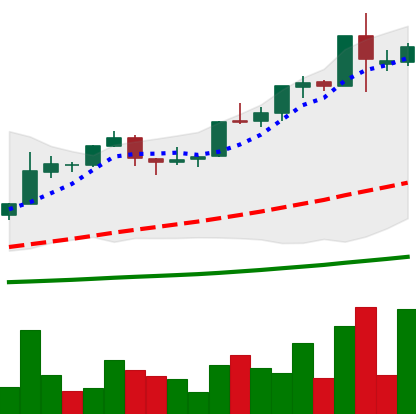
Ticker: BTC-USD
Chart end date: 2015-12-14
Forward return: 4.084%
Label: up_3_5